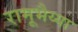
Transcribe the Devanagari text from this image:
रामूभैय्या